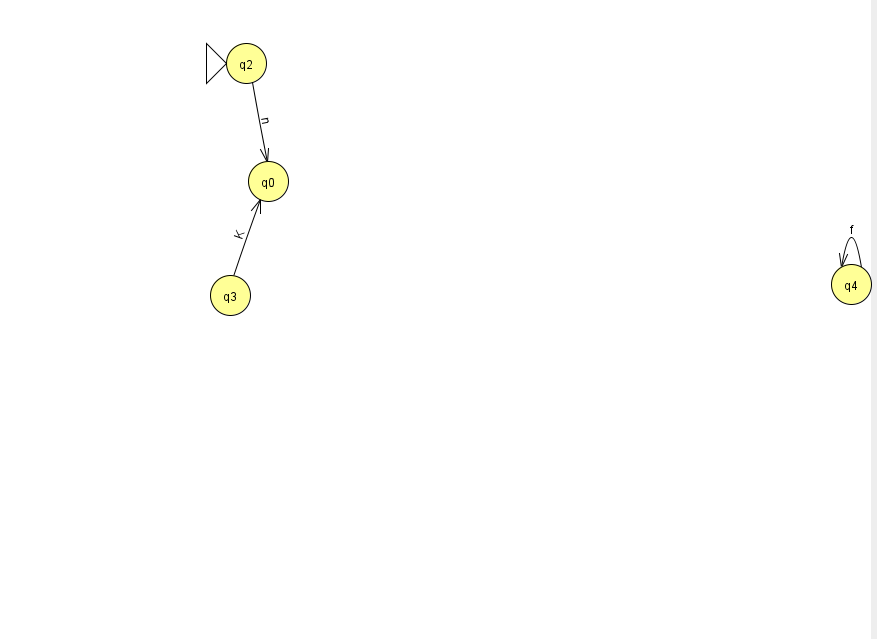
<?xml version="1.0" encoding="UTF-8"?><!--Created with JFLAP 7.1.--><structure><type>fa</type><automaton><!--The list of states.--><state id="0" name="q0"><x>268.0</x><y>168.0</y></state><state id="2" name="q2"><x>246.0</x><y>50.0</y><initial/></state><state id="3" name="q3"><x>230.0</x><y>282.0</y></state><state id="4" name="q4"><x>851.0</x><y>271.0</y></state><!--The list of transitions.--><transition><from>4</from><to>4</to><read>f</read></transition><transition><from>2</from><to>0</to><read>n</read></transition><transition><from>3</from><to>0</to><read>K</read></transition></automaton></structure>